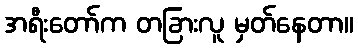
အရီးတော်က တခြားလူ မှတ်နေတာ။